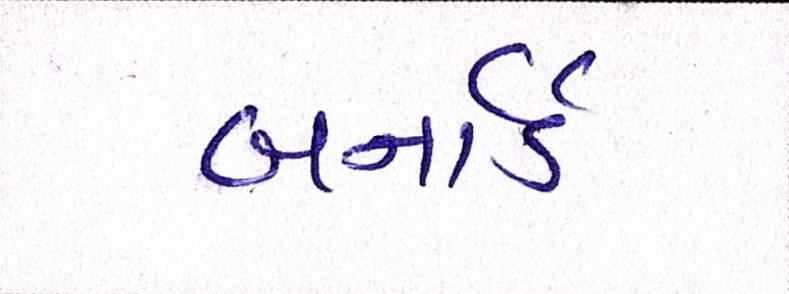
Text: બર્નાર્ડ